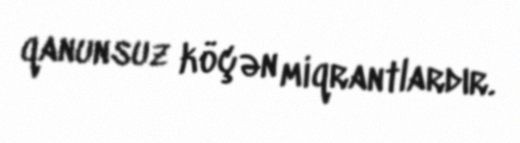
qanunsuz köçən miqrantlardır.